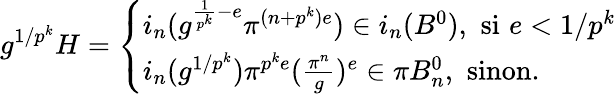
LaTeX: g^{1/p^{k}}H=\left\{ \begin{array}{ll}{i_{n}(g^{\frac{1}{p^{k}}-e}\pi^{(n+p^{k})e})\in i_{n}(B^{0}),\, \, \mathrm{si}\, \, e<1/p^{k}}\\ {i_{n}(g^{1/p^{k}})\pi^{p^{k}e}(\frac{\pi^{n}}{g})^{e}\in\pi B_{n}^{0},\, \, \mathrm{sinon}.}\end{array}\right.